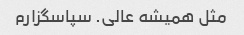
مثل همیشه عالی. سپاسگزارم